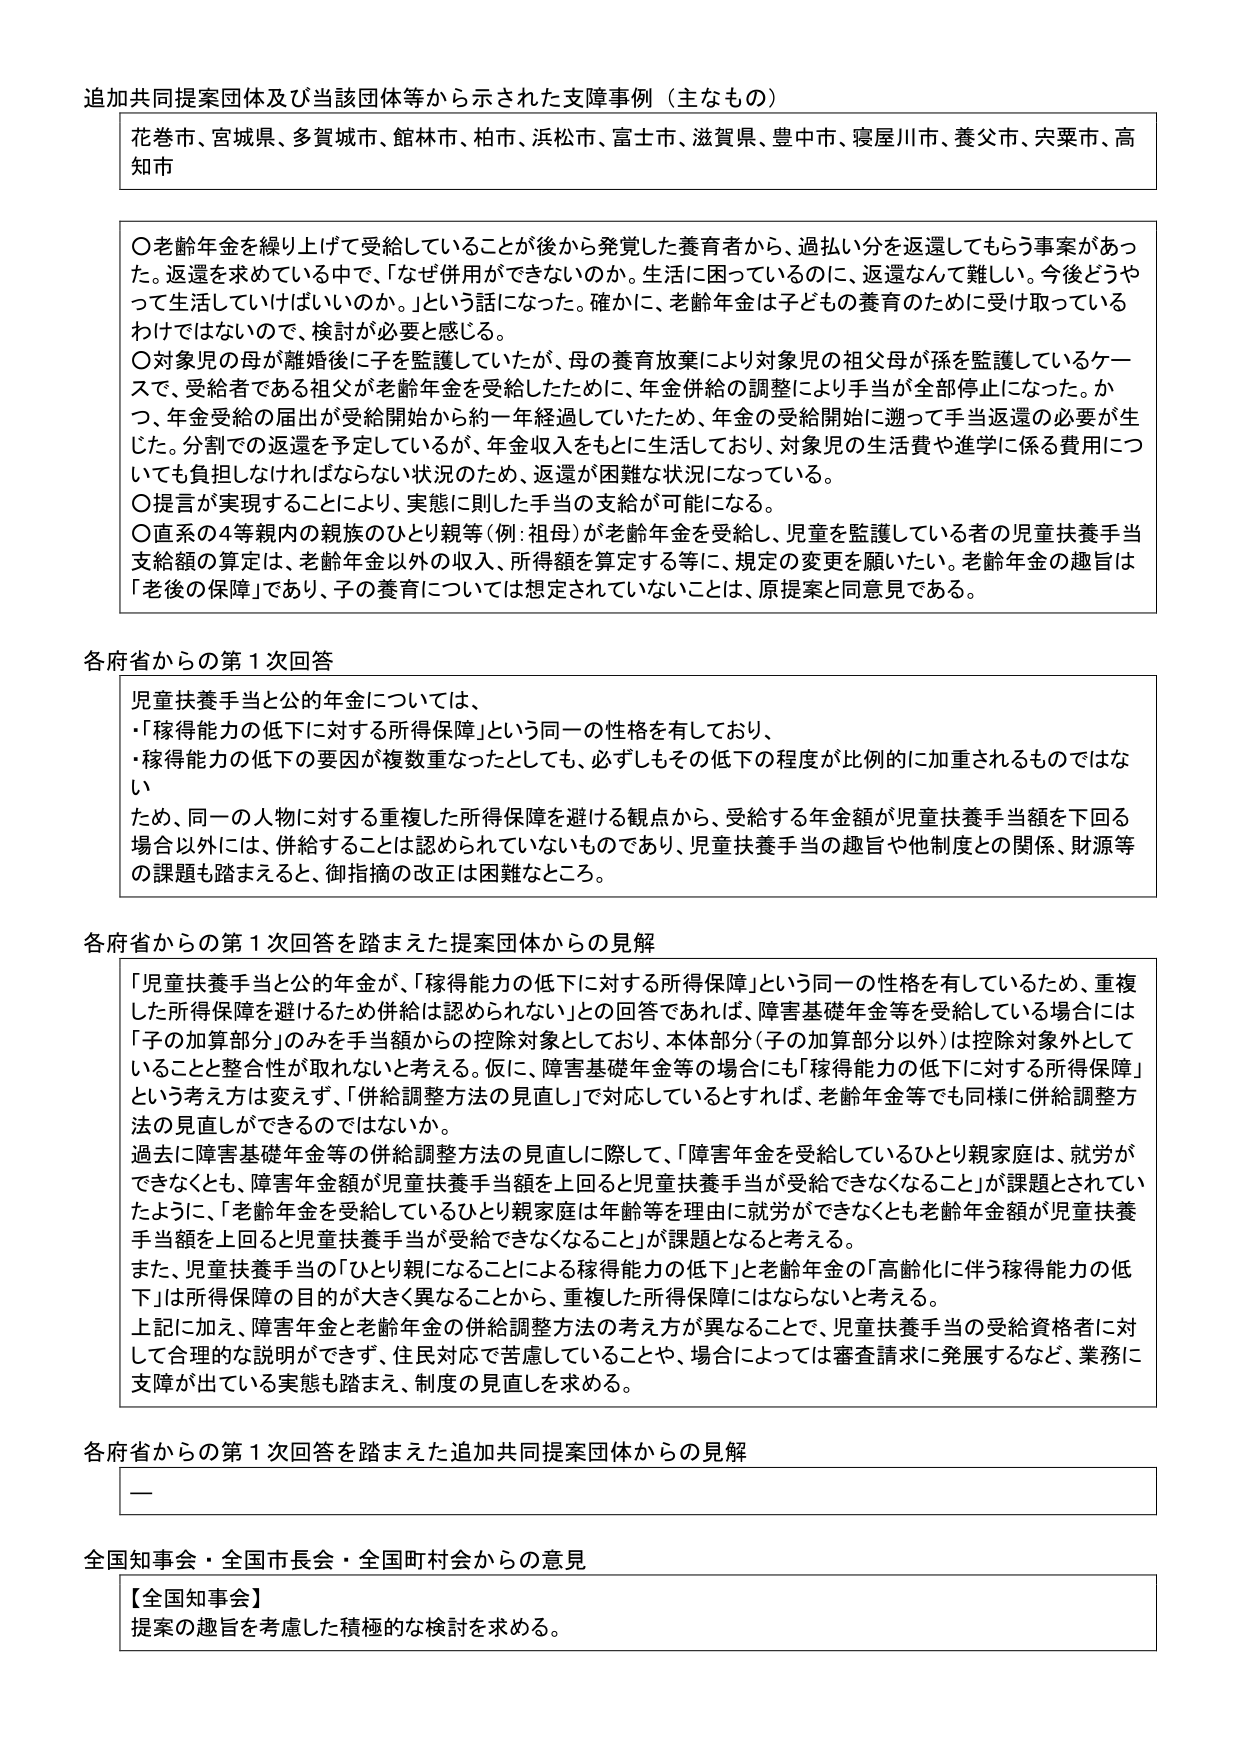
追加共同提案団体及び当該団体等から示された支障事例（主なもの）

花巻市、宮城県、多賀城市、館林市、柏市、浜松市、富士市、滋賀県、豊中市、寝屋川市、養父市、宍粟市、高知市

〇老齢年金を繰り上げて受給していることが後から発覚した養育者から、過払い分を返還してもらう事案があった。返還を求めている中で、「なぜ併用ができないのか。生活に困っているのに、返還なんて難しい。今後どうやって生活していけばいいのか。」という話になった。確かに、老齢年金は子どもの養育のために受け取っているわけではないので、検討が必要と感じる。

〇対象児の母が離婚後に子を監護していたが、母の養育放棄により対象児の祖父母が孫を監護しているケースで、受給者である祖父が老齢年金を受給したために、年金併給の調整により手当が全部停止になった。かつ、年金受給の届出が受給開始から約一年経過していたため、年金の受給開始に遡って手当返還の必要が生じた。分割での返還を予定しているが、年収入をもとに生活しており、対象児の生活費や進学に係る費用についても負担しなければならない状況のため、返還が困難な状況になっている。

〇提言が実現することにより、実態に則した手当の支給が可能になる。

〇直系の4等親内の親族のひとり親等（例：祖母）が老齢年金を受給し、児童を監護している者の児童扶養手当支給額の算定は、老齢年金以外の収入、所得額を算定する等に、規定の変更を願いたい。老齢年金の趣旨は「老後の保障」であり、子の養育については想定されていないことは、原提案と同意見である。

各府省からの第1次回答

児童扶養手当と公的年金については、
・「稼得能力の低下に対する所得保障」という同一の性格を有しており、
・稼得能力の低下の要因が複数重なったとしても、必ずしもその低下の程度が比例的に加重されるものではないため、同一の人物に対する重複した所得保障を避ける観点から、受給する年金額が児童扶養手当額を下回る場合以外には、併給することは認められていないものであり、児童扶養手当の趣旨や他制度との関係、財源等の課題も踏まえると、御指摘の改正は困難なところ。

各府省からの第1次回答を踏まえた提案団体からの見解

「児童扶養手当と公的年金が、「稼得能力の低下に対する所得保障」という同一の性格を有しているため、重複した所得保障を避けるため併給は認められない」との回答であれば、障害基礎年金等を受給している場合には「子の加算部分」のみを手当額からの控除対象としており、本体部分（子の加算部分以外）は控除対象外としていることと整合性が取れないと考える。仮に、障害基礎年金等の場合にも「稼得能力の低下に対する所得保障」という考え方は変えず、「併給調整方法の見直し」で対応しているとすれば、老齢年金等でも同様に併給調整方法の見直しができるのではないか。

過去に障害基礎年金等の併給調整方法の見直しに際して、「障害年金を受給しているひとり親家庭は、就労ができなくとも、障害年金額が児童扶養手当額を上回ると児童扶養手当が受給できなくなること」が課題とされていたように、「老齢年金を受給しているひとり親家庭は年齢等を理由に就労ができなくとも老齢年金額が児童扶養手当額を上回ると児童扶養手当が受給できなくなること」が課題となると考える。

また、児童扶養手当の「ひとり親になることによる稼得能力の低下」と老齢年金の「高齢化に伴う稼得能力の低下」は所得保障の目的が大きく異なることから、重複した所得保障にはならないと考える。

上記に加え、障害年金と老齢年金の併給調整方法の考え方が異なることで、児童扶養手当の受給資格者に対して合理的な説明ができず、住民対応で苦慮していることや、場合によっては審査請求に発展するなど、業務に支障が出ている実態も踏まえ、制度の見直しを求める。

各府省からの第1次回答を踏まえた追加共同提案団体からの見解

—

全国知事会・全国市長会・全国町村会からの意見

【全国知事会】
提案の趣旨を考慮した積極的な検討を求める。